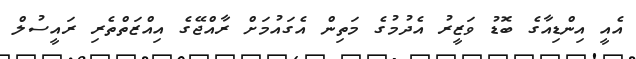
އެއީ އިންޑިއާގެ ބޮޑު ވަޒީރު އެދުމުގެ މަތިން އެގައުމަށް ރާއްޖޭގެ އިއްޒަތްތެރި ރައީސުލް